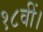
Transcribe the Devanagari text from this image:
१८वीं।